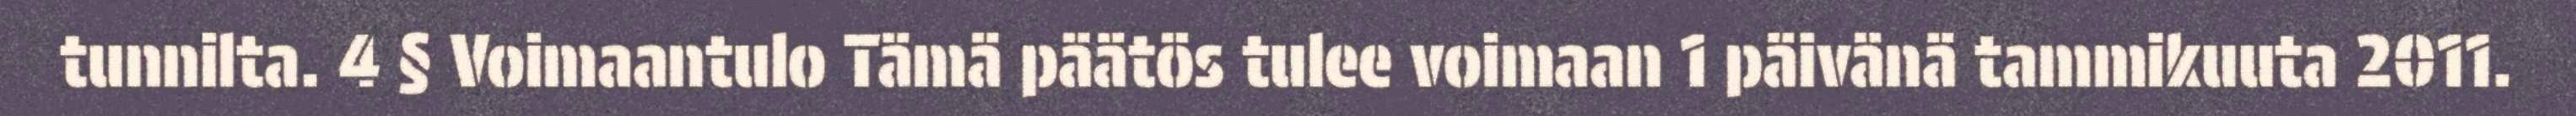
tunnilta. 4 § Voimaantulo Tämä päätös tulee voimaan 1 päivänä tammikuuta 2011.